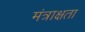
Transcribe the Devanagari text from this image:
मंत्राक्षता